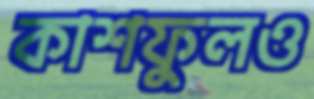
কাশফুলও